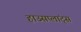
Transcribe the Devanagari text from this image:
हाउसप्लांट्स